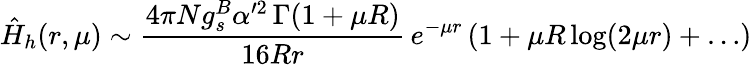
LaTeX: \hat{H}_{h}(r,\mu)\sim\frac{4\pi Ng_{s}^{B}\alpha^{\prime 2}\, {\Gamma(1+\mu R)}}{16Rr}\, e^{-\mu r}\, (1+\mu R\log(2\mu r)+\ldots)